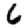
Digit: 6